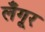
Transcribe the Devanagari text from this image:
लँगूर